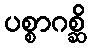
ပစ္စာဂစ္ဆိ